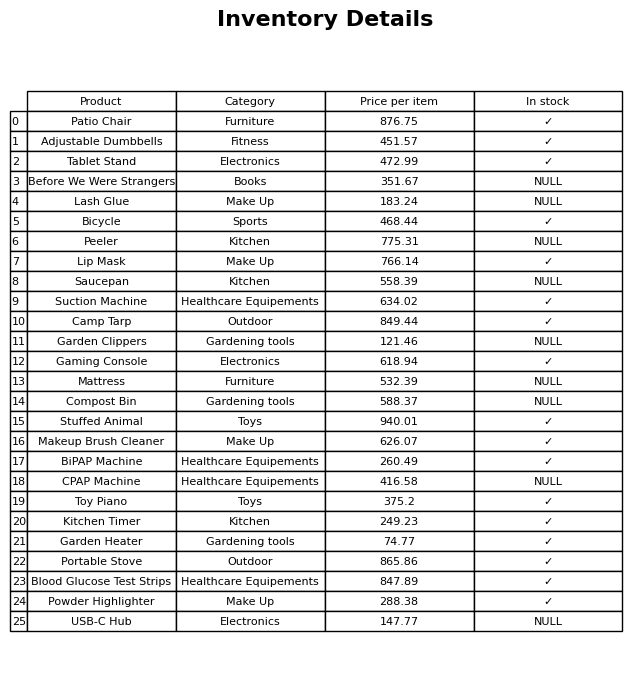
question: What is the price of the Suction Machine?
answer: The price of Suction Machine is 634.02.